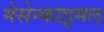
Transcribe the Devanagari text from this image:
मेसेन्काइमल